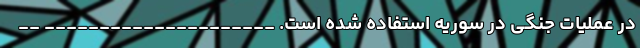
در عملیات جنگی در سوریه استفاده شده است. _____________________ __